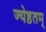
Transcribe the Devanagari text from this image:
ज्येष्ठतम्